Vaccination United Provinces of Agra and Oudh 1902-1913 - 1902-1913
Year: 1902
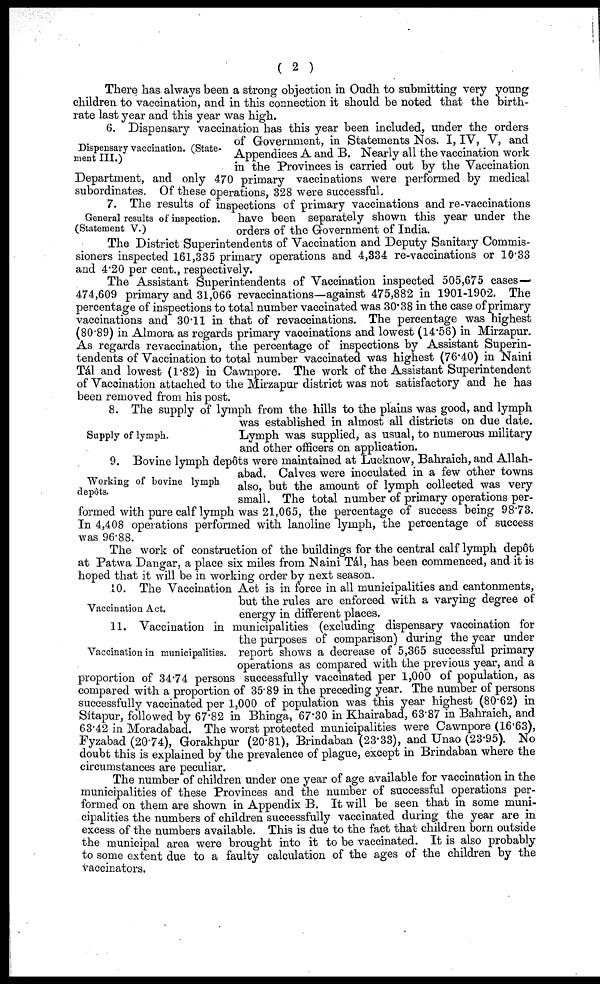
( 2 )
There has always been a strong objection in Oudh to submitting very young
children to vaccination, and in this connection it should be noted that the birth-
rate last year and this year was high.
Dispensary vaccination. (State-
ment III.)
6. Dispensary vaccination has this year been included, under the orders
of Government, in Statements Nos. I, IV, V, and
Appendices A and B. Nearly all the vaccination work
in the Provinces is carried out by the Vaccination
Department, and only 470 primary vaccinations were performed by medical
subordinates. Of these operations, 328 were successful.
General results of inspection.
(Statement V.)
7. The results of inspections of primary vaccinations and re-vaccinations
have been separately shown this year under the
orders of the Government of India.
The District Superintendents of Vaccination and Deputy Sanitary Commis-
sioners inspected 161,335 primary operations and 4,334 re-vaccinations or 10.33
and 4.20 per cent., respectively.
The Assistant Superintendents of Vaccination inspected 505,675 cases—
474,609 primary and 31,066 revaccinations—against 475,882 in 1901-1902. The
percentage of inspections to total number vaccinated was 30.38 in the case of primary
vaccinations and 30.11 in that of revaccinations. The percentage was highest
(80.89) in Almora as regards primary vaccinations and lowest (14.56) in Mirzapur.
As regards revaccination, the percentage of inspections by Assistant Superin-
tendents of Vaccination to total number vaccinated was highest (76.40) in Naini
Tál and lowest (1.82) in Cawnpore. The work of the Assistant Superintendent
of Vaccination attached to the Mirzapur district was not satisfactory and he has
been removed from his post.
Supply of lymph.
8. The supply of lymph from the hills to the plains was good, and lymph
was established in almost all districts on due date.
Lymph was supplied, as usual, to numerous military
and other officers on application.
Working of bovine lymph
depots.
9. Bovine lymph depôts were maintained at Lucknow, Bahraich, and Allah-
abad. Calves were inoculated in a few other towns
also, but the amount of lymph collected was very
small. The total number of primary operations per-
formed with pure calf lymph was 21,065, the percentage of success being 98.73.
In 4,408 operations performed with lanoline lymph, the percentage of success
was 96.88.
The work of construction of the buildings for the central calf lymph depôt
at Patwa Dangar, a place six miles from Naini Tál, has been commenced, and it is
hoped that it will be in working order by next season.
Vaccination Act.
10. The Vaccination Act is in force in all municipalities and cantonments,
but the rules are enforced with a varying degree of
energy in different places.
Vaccination in municipalities.
11. Vaccination in municipalities (excluding dispensary vaccination for
the purposes of comparison) during the year under
report shows a decrease of 5,365 successful primary
operations as compared with the previous year, and a
proportion of 34.74 persons successfully vaccinated per 1,000 of population, as
compared with a proportion of 35.89 in the preceding year. The number of persons
successfully vaccinated per 1,000 of population was this year highest (80.62) in
Sítapur, followed by 67.82 in Bhinga, 67.30 in Khairabad, 63.87 in Bahraich, and
63.42 in Moradabad. The worst protected municipalities were Cawnpore (16.63),
Fyzabad (20.74), Gorakhpur (20.81), Brindaban (23.33), and Unao (23.95). No
doubt this is explained by the prevalence of plague, except in Brindaban where the
circumstances are peculiar.
The number of children under one year of age available for vaccination in the
municipalities of these Provinces and the number of successful operations per-
formed on them are shown in Appendix B. It will be seen that in some muni-
cipalities the numbers of children successfully vaccinated during the year are in
excess of the numbers available. This is due to the fact that children born outside
the municipal area were brought into it to be vaccinated. It is also probably
to some extent due to a faulty calculation of the ages of the children by the
vaccinators.